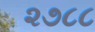
૨૭૮૮